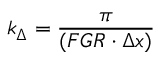
k _ { \Delta } = \frac { \pi } { ( F G R \cdot \Delta x ) }